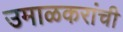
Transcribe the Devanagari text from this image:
उमाळकरांची